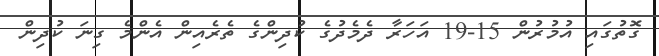
ގޮތުގައި އުމުރުން 15-19 އަހަރާ ދެމެދުގެ ކުދިންގެ ތެރެއިން އެންމެ ގިނަ ކުދިން